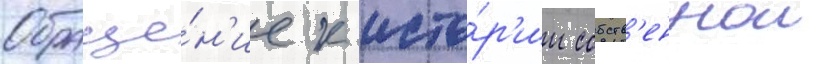
Обраще́н'ие к исто́р'ии собств'еннои